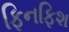
ફિનફિશ